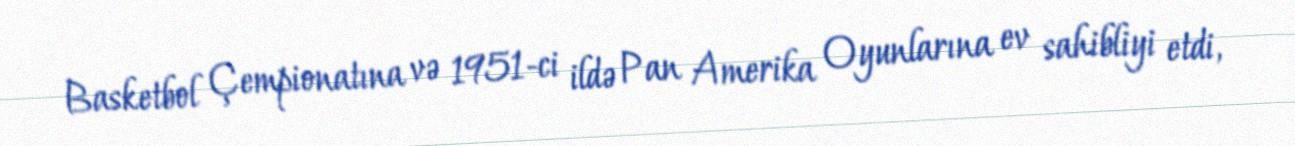
Basketbol Çempionatına və 1951-ci ildə Pan Amerika Oyunlarına ev sahibliyi etdi,